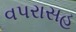
વપરાસહ